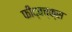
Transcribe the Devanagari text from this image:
फीद्बच्क्स